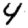
Digit: 4